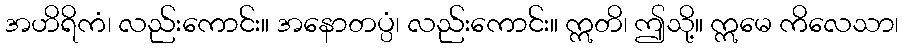
အဟိရိကံ၊ လည်းကောင်း။ အနောတပ္ပံ၊ လည်းကောင်း။ ဣတိ၊ ဤသို့။ ဣမေ ကိလေသာ၊